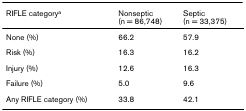
<table><thead><tr><td><b>RIFLE category<sup>a</sup></b></td><td><b>Nonseptic (n = 86,748)</b></td><td><b>Septic (n = 33,375)</b></td></tr></thead><tbody><tr><td>None (%)</td><td>66.2</td><td>57.9</td></tr><tr><td>Risk (%)</td><td>16.3</td><td>16.2</td></tr><tr><td>Injury (%)</td><td>12.6</td><td>16.3</td></tr><tr><td>Failure (%)</td><td>5.0</td><td>9.6</td></tr><tr><td>Any RIFLE category (%)</td><td>33.8</td><td>42.1</td></tr></tbody></table>